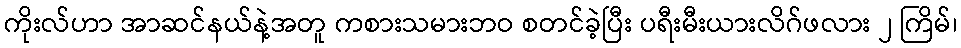
ကိုးလ်ဟာ အာဆင်နယ်နဲ့အတူ ကစားသမားဘဝ စတင်ခဲ့ပြီး ပရီးမီးယားလိဂ်ဖလား ၂ ကြိမ်၊